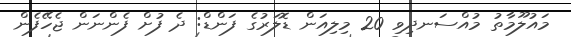
މައުލޫމާތު މުއްސަނދިވި 20 މިލިއަން ޑޮލަރުގެ ފަންޑް: ދެ ފުށް ފެންނަން ޖެހޭފެން